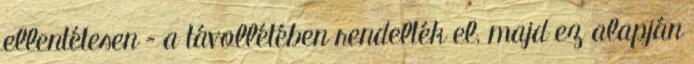
ellentétesen – a távollétében rendelték el, majd ez alapján